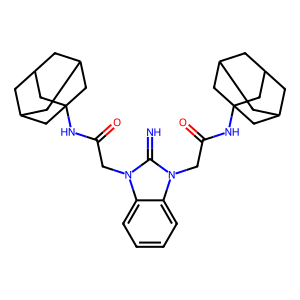
SMILES: N=c1n(CC(=O)NC23CC4CC(CC(C4)C2)C3)c2ccccc2n1CC(=O)NC12CC3CC(CC(C3)C1)C2
Inhibits HIV replication: No